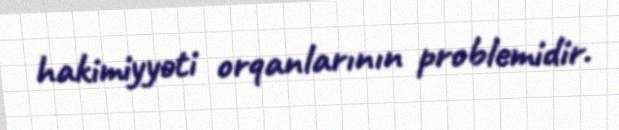
hakimiyyəti orqanlarının problemidir.